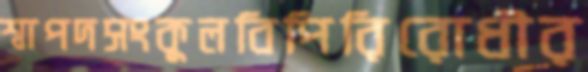
শ্বাপদসংকুলবিপিরিরোধীর